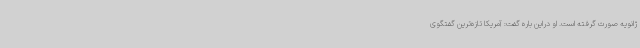
ژانویه صورت گرفته است. او دراین باره گفت: آمریکا تازه‌ترین گفتگوی